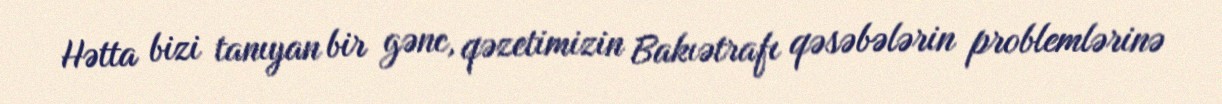
Hətta bizi tanıyan bir gənc, qəzetimizin Bakıətrafı qəsəbələrin problemlərinə